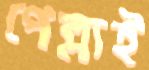
পেল্লাই